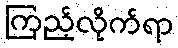
ကြည့်လိုက်ရာ